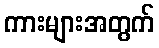
ကားများအတွက်